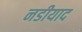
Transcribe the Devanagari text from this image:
नडीयाद